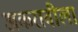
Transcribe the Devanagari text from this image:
अकरावीला